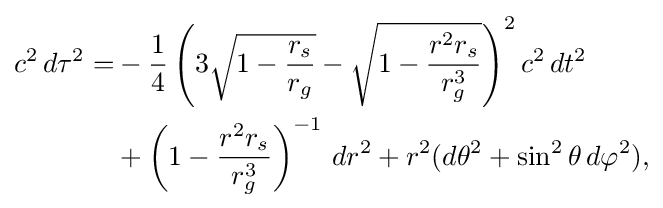
{\begin{aligned}c^{2}\,d\tau ^{2}=&-{\frac {1}{4}}\left(3{\sqrt {1-{\frac {r_{s}}{r_{g}}}}}-{\sqrt {1-{\frac {r^{2}r_{s}}{r_{g}^{3}}}}}\right)^{2}c^{2}\,dt^{2}\\&{}+\left(1-{\frac {r^{2}r_{s}}{r_{g}^{3}}}\right)^{-1}\,dr^{2}+r^{2}(d\theta ^{2}+\sin ^{2}\theta \,d\varphi ^{2}),\end{aligned}}